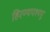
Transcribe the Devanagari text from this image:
हिरण्यपश्यपू